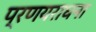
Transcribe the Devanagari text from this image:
प्रणयराधना